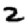
Digit: 2